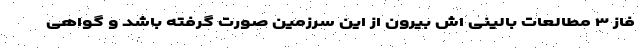
فاز ۳ مطالعات بالینی اش بیرون از این سرزمین صورت گرفته باشد و گواهی